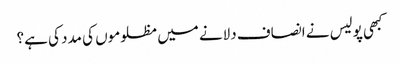
کبھی پولیس نے انصاف دلانے میں مظلوموں کی مدد کی ہے؟